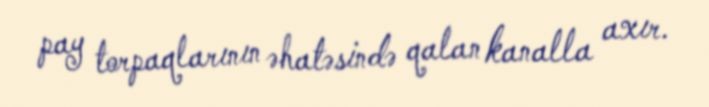
pay torpaqlarının əhatəsində qalan kanalla axır.